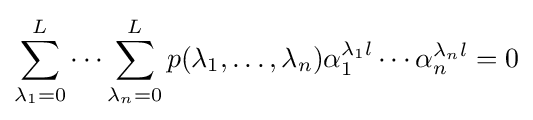
\sum _{\lambda _{1}=0}^{L}\cdots \sum _{\lambda _{n}=0}^{L}p(\lambda _{1},\ldots ,\lambda _{n})\alpha _{1}^{\lambda _{1}l}\cdots \alpha _{n}^{\lambda _{n}l}=0